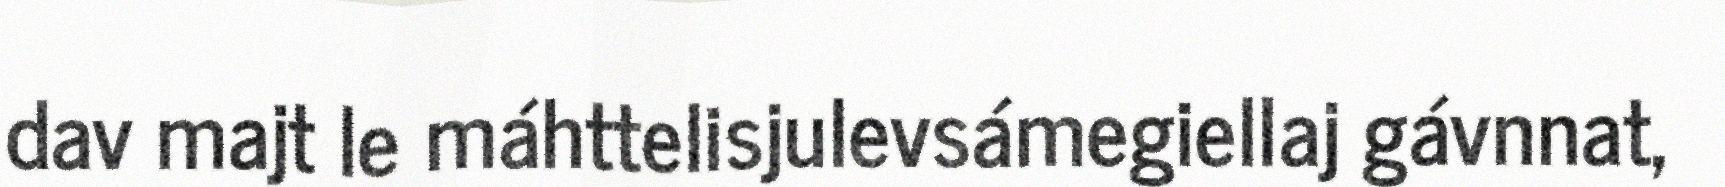
dav majt le máhttelisjulevsámegiellaj gávnnat,